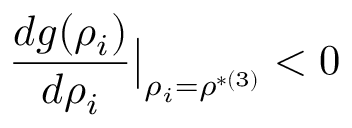
\frac { d g ( \rho _ { i } ) } { d \rho _ { i } } \big | _ { \rho _ { i } = \rho ^ { * ( 3 ) } } < 0